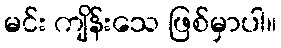
မင်း ကျိန်းသေ ဖြစ်မှာပါ။